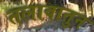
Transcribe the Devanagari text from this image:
तलावातुन